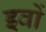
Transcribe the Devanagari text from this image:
इवों